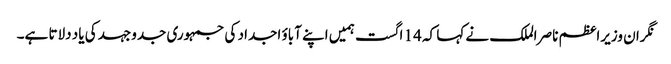
نگران وزیراعظم ناصر الملک نے کہا کہ 14 اگست ہمیں اپنے آباؤ اجداد کی جمہوری جدوجہد کی یاد دلاتا ہے۔